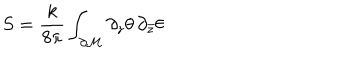
S = \frac { k } { 8 \pi } \int _ { \partial \cal M } \partial _ { z } \theta \, \partial _ { \bar { z } } \theta